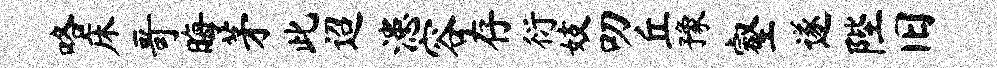
咯床哥晦茅此迢漶容存衍妓叨丘豫壑遂陛旧